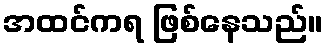
အထင်ကရ ဖြစ်နေသည်။